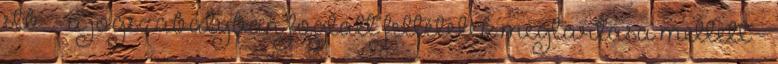
stb. - a jogszabályban foglalt feltételek megtartása mellett -